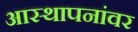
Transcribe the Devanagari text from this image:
आस्‍थापनांवर